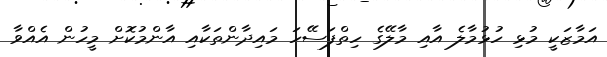
އަމާޒަކީ މުޅި ހުޅުމާލެ އާއި މާލޭގެ ހިތްފަސޭހަ މައިދާންތަކާއި އާންމުކޮށް މީހުން އެއްވާ